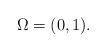
LaTeX: \begin{align*}\Omega=(0,1).\end{align*}